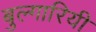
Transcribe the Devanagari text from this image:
बुल्गारियी